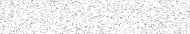
١١١